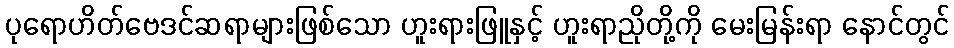
ပုရောဟိတ်ဗေဒင်ဆရာများဖြစ်သော ဟူးရားဖြူနှင့် ဟူးရာညိုတို့ကို မေးမြန်းရာ နောင်တွင်